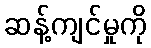
ဆန့်ကျင်မှုကို